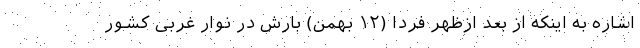
اشاره به اینکه از بعد ازظهر فردا (۱۲ بهمن) بارش در نوار غربی کشور